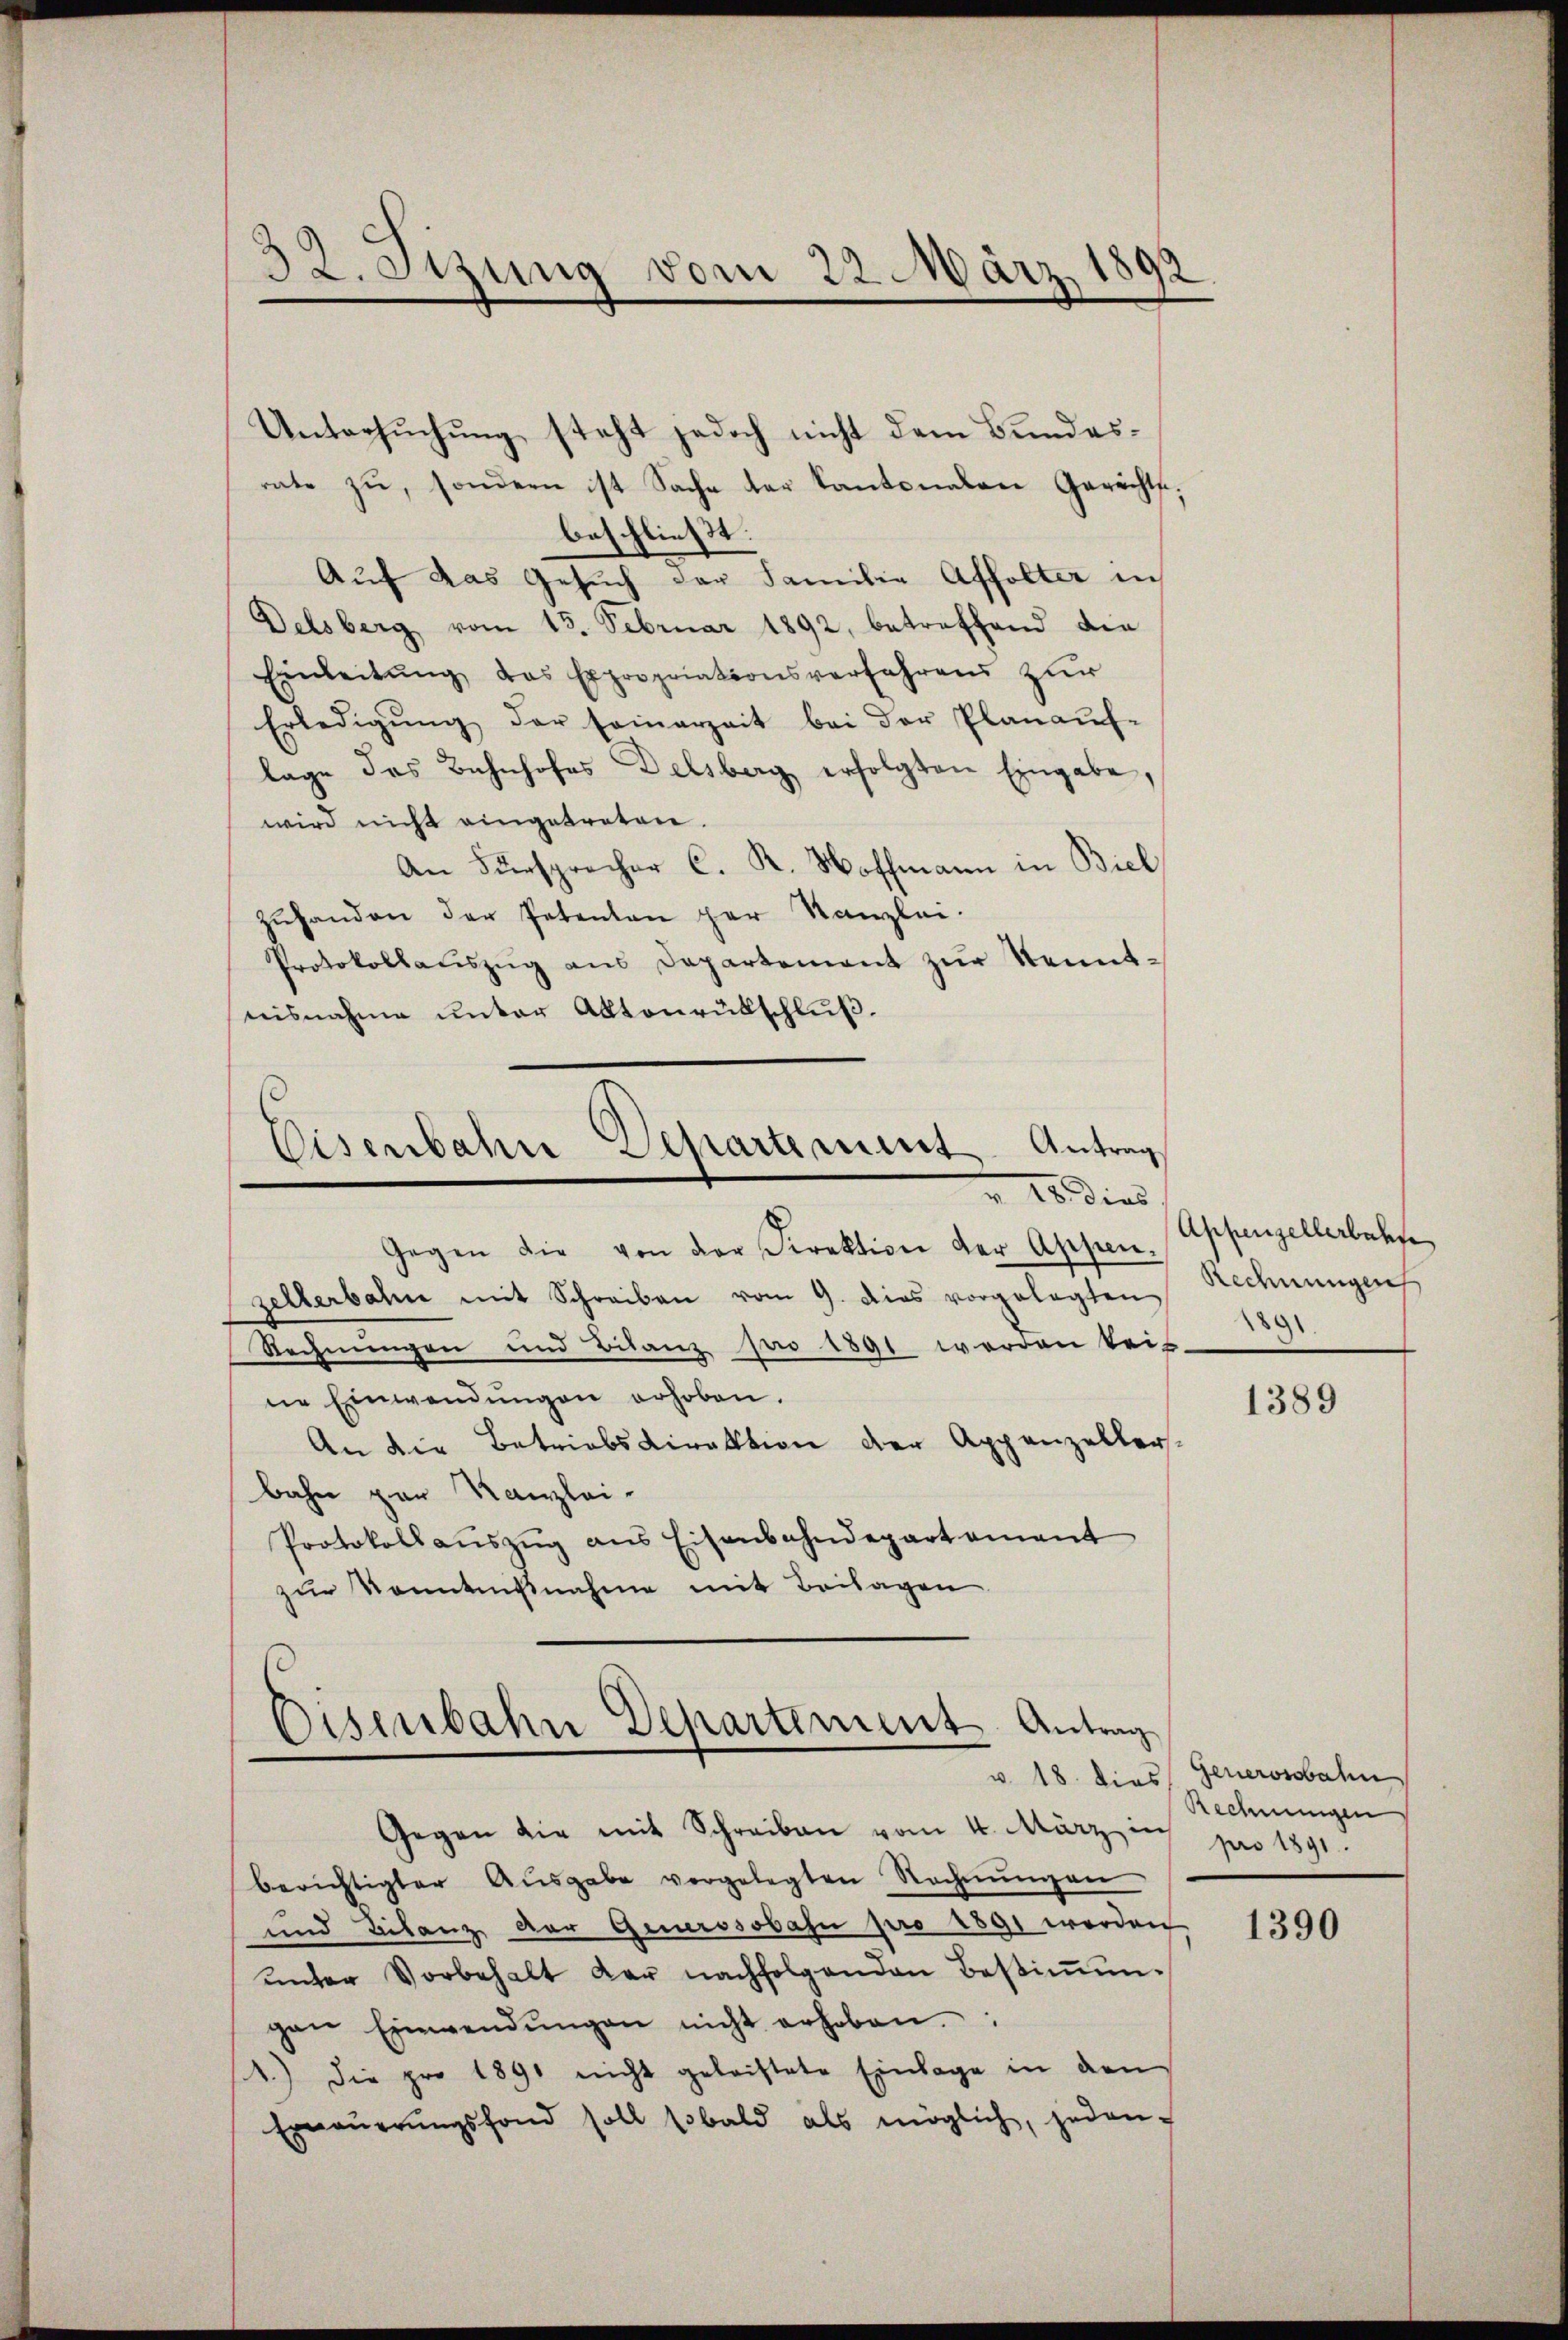
32. Sizung vom 22. März.
.

Untersuchung steht jedoch nicht dem Bundesrate zu, sondern ist Sache der Kantonalen Gerichts,
beschließt:
Auf das Gesuch der Familie Affolter in
Delsberg vom 13. Februar 1892, betreffend die
Einleitŭng das Expropriationsverfahrens zur
Erledigŭng der samerzeit bei der Planaŭf-
lage das Bahnhofes Delsberg erfolgten Eingabe,
wird nicht eingetreten.
An Fürsprecher C. R. Hoffmann in Biel
zŭhanden der Petenten per Kanzlei.
Protokollaŭszŭg ans Departement zur Kenntnisnahme unter Aktenrütschluß.

Eisenbahn Departement. Antrag
 20 dies

Gegen die von der Direktion der Appen-
zellerbahn mit Schreiben vom 9. dies vorgelegten Rechnungen
Rechnungen und Bilanz pro 1891 werden beis
ne Einwendungen erhoben.
An die Betriebsdirektion der Appenzellersbahn par Kanzlei-
Protokollaŭszŭg ans Eisenbahndepartement
zur Kenntnißnahme mit Beilagen

Eisenbahn Departement Antrag

Gegen die mit Schreiben vom 4. März in
berichtigter Aŭsgabe vorgelegten Rechnŭngen
und Bilanz der Generssobahn pro 1891 werden
ŭnter Vorbehalt der nachfolgenden Bestiṁŭn-
gen Einwendŭngen nicht erhoben.
A.) Die pro 1891 nicht geleistete Einlage in den
Erneŭerŭngsfond soll sobald als möglich, jeden-

Appenzellerbachte
8

1389

v. 18. dies Generossbahn
Rechnungen
pro 1891.

1390